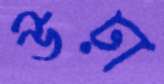
উঢ়া